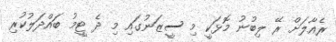
ރެއާލަށް ރޭ ލިބުނު މޮޅަކީ މި ސީޒަނުގައި މި ދެ ޓީމު ބައްދަލުކުރި